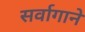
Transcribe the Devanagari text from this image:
सर्वागाने